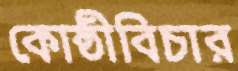
কোষ্ঠীবিচার